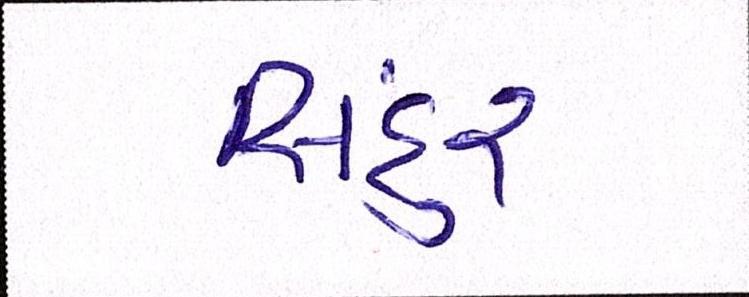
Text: સિંદુર